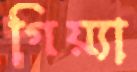
গিয়্যা